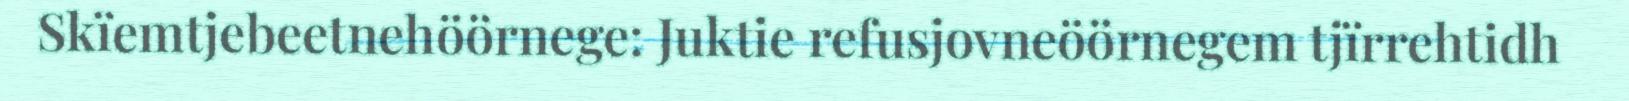
Skïemtjebeetnehöörnege: Juktie refusjovneöörnegem tjïrrehtidh